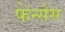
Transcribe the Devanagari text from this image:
फेन्सेस